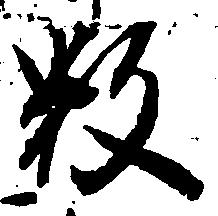
数